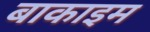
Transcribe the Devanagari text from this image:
बाकाइम